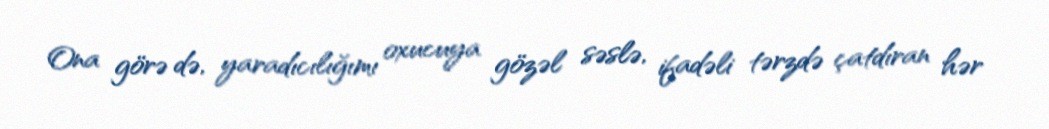
Ona görə də, yaradıcılığımı oxucuya gözəl səslə, ifadəli tərzdə çatdıran hər